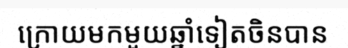
ក្រោយមកមួយឆ្នាំទៀតចិនបាន